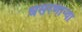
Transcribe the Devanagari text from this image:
घसरणाऱ्या